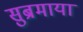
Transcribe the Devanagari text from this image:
सुब्रमाया